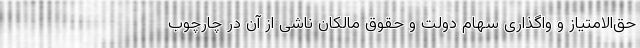
حق‌الامتیاز و واگذاری سهام دولت و حقوق مالکان ناشی از آن در چارچوب